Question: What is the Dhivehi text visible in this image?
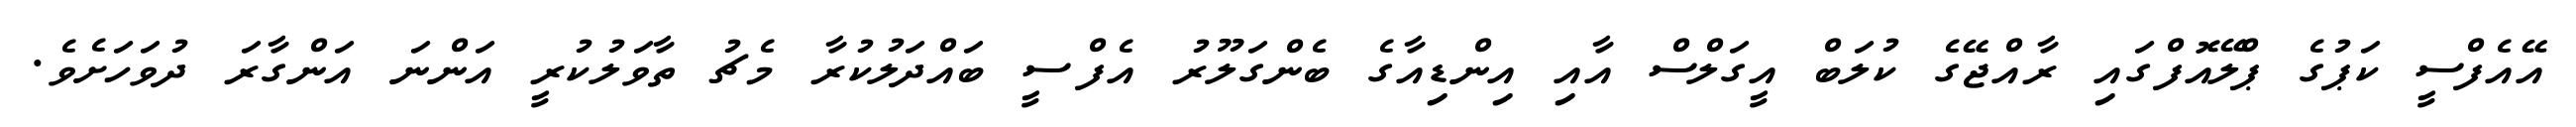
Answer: އޭއެފްސީ ކަޕުގެ ޕްލޭއޮފްގައި ރާއްޖޭގެ ކުލަބް އީގަލްސް އާއި އިންޑިއާގެ ބެންގަލޫރު އެފްސީ ބައްދަލުކުރާ މެޗު ތާވަލުކުރީ އަންނަ އަންގާރަ ދުވަހަށެވެ.